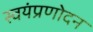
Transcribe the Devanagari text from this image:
स्वयंप्रणोदन